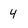
Character: 4